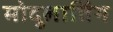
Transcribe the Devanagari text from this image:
मोदुलातिंग